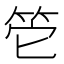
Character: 𥬌